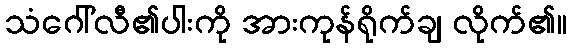
သံဂေါ်လီ၏ပါးကို အားကုန်ရိုက်ချ လိုက်၏။